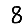
Digit: 8